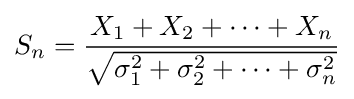
S_{n}={X_{1}+X_{2}+\cdots +X_{n} \over {\sqrt {\sigma _{1}^{2}+\sigma _{2}^{2}+\cdots +\sigma _{n}^{2}}}}